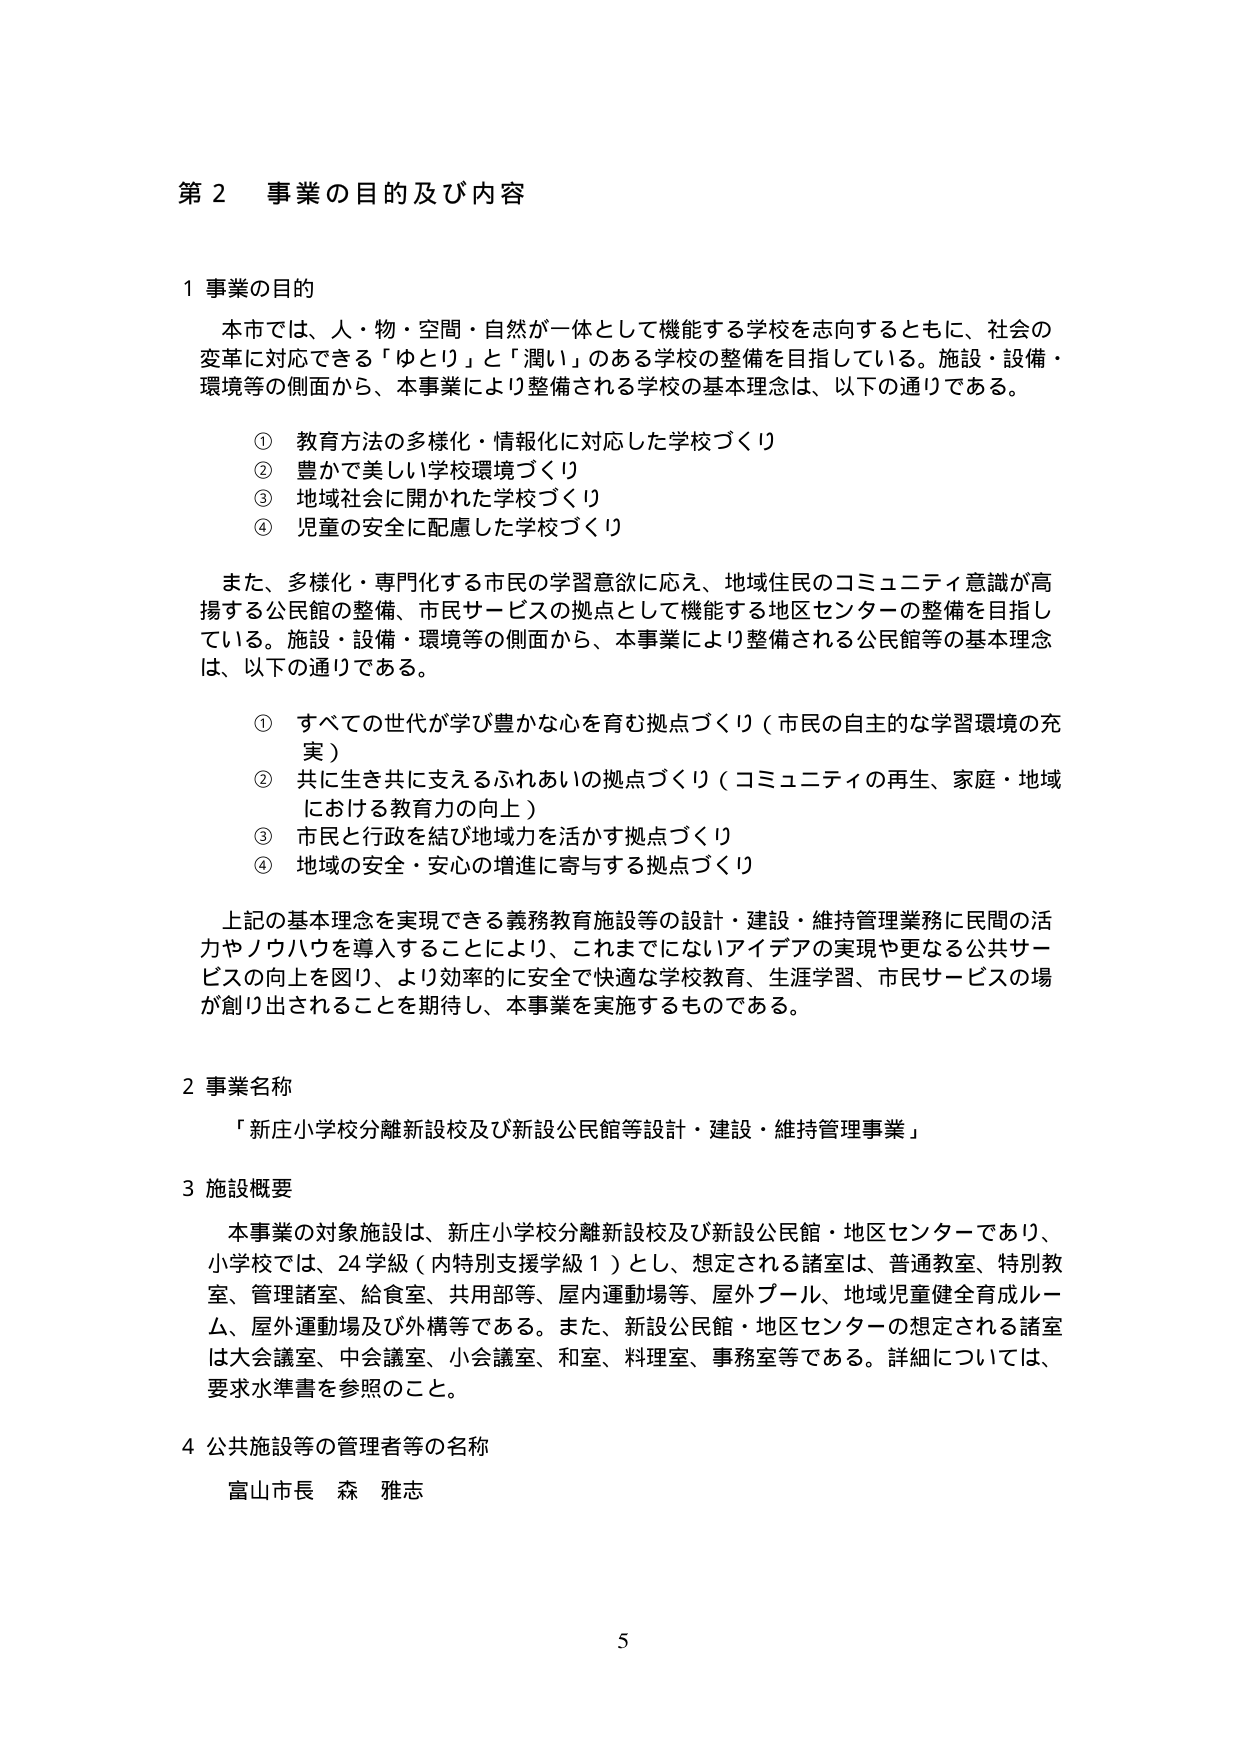
第２ 事業の目的及び内容

１ 事業の目的

　本市では、人・物・空間・自然が一体として機能する学校を志向するとともに、社会の
変革に対応できる「ゆとり」と「潤い」のある学校の整備を目指している。施設・設備・
環境等の側面から、本事業により整備される学校の基本理念は、以下の通りである。

　　① 教育方法の多様化・情報化に対応した学校づくり
　　② 豊かで美しい学校環境づくり
　　③ 地域社会に開かれた学校づくり
　　④ 児童の安全に配慮した学校づくり

　また、多様化・専門化する市民の学習意欲に応え、地域住民のコミュニティ意識が高
揚する公民館の整備、市民サービスの拠点として機能する地区センターの整備を目指し
ている。施設・設備・環境等の側面から、本事業により整備される公民館等の基本理念
は、以下の通りである。

　　① すべての世代が学び豊かな心を育む拠点づくり（市民の自主的な学習環境の充
　　　実）
　　② 共に生き共に支えるふれあいの拠点づくり（コミュニティの再生、家庭・地域
　　　における教育力の向上）
　　③ 市民と行政を結び地域力を活かす拠点づくり
　　④ 地域の安全・安心の増進に寄与する拠点づくり

　上記の基本理念を実現できる義務教育施設等の設計・建設・維持管理業務に民間の活
力やノウハウを導入することにより、これまでにないアイデアの実現や更なる公共サー
ビスの向上を図り、より効率的に安全で快適な学校教育、生涯学習、市民サービスの場
が創り出されることを期待し、本事業を実施するものである。

２ 事業名称

　「新庄小学校分離新設校及び新設公民館等設計・建設・維持管理事業」

３ 施設概要

　本事業の対象施設は、新庄小学校分離新設校及び新設公民館・地区センターであり、
小学校では、24学級（内特別支援学級１）とし、想定される諸室は、普通教室、特別教
室、管理諸室、給食室、共用部等、屋内運動場等、屋外プール、地域児童健全育成ルー
ム、屋外運動場及び外構等である。また、新設公民館・地区センターの想定される諸室
は大会議室、中会議室、小会議室、和室、料理室、事務室等である。詳細については、
要求水準書を参照のこと。

４ 公共施設等の管理者等の名称

　富山市長 森 雅志

5